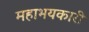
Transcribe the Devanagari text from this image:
महाभयकारी